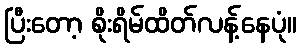
ပြီးတော့ စိုးရိမ်ထိတ်လန့်နေပုံ။